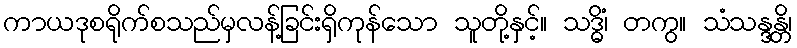
ကာယဒုစရိုက်စသည်မှလန့်ခြင်းရှိကုန်သော သူတို့နှင့်။ သဒ္ဓိံ၊ တကွ။ သံသန္ဒန္တိ၊